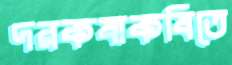
দরকষাকষিতে